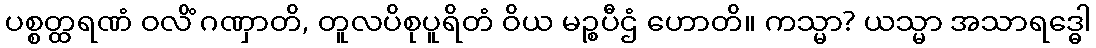
ပစ္စတ္ထရဏံ ဝလိံ ဂဏှာတိ, တူလပိစုပူရိတံ ဝိယ မဉ္စပီဌံ ဟောတိ။ ကသ္မာ? ယသ္မာ အသာရဒ္ဓေါ